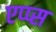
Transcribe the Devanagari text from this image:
एप्प्स